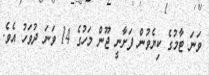
ވަނަ ޓާމުގެ ކިޔެވުން ފަށާނީ ޖޫން މަހުގެ 14 ވަނަ ދުވަހު އެވެ.